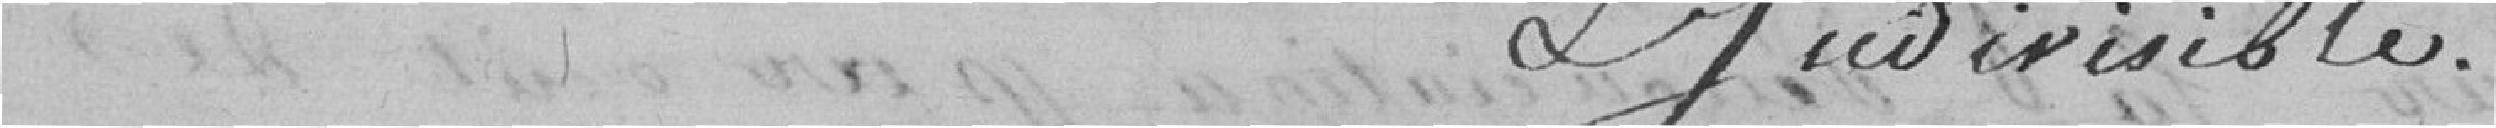
Ljud ivisible .